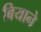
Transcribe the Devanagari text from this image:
बियाने